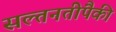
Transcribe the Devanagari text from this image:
सल्तनतींपैकी